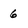
Character: 6